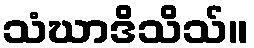
သံဃာဒိသိသ်။